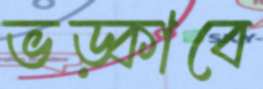
ভড়্‌কাবে